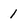
Character: 1